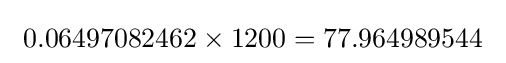
\ 0.06497082462\times 1200=77.964989544\